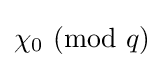
{\textstyle \chi _{0}~(\mathrm {mod} ~q)}